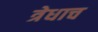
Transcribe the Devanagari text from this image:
त्रेधाच